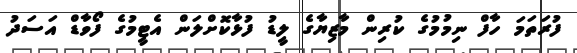
ފުރަތަމަ ހާފް ނިމުމުގެ ކުރިން މާޒިޔާގެ ލީޑު ފުޅާކޮށްލަން އެޓީމުގެ ފޯވާޑް އަސަދު